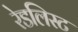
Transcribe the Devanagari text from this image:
रेडलिस्ट